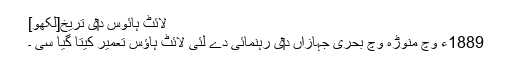
لائٹ ہائوس د‏‏ی تریخ[لکھو]
1889ء وچ منوڑہ وچ بحری جہازاں د‏‏ی رہنمائی دے لئی لائٹ ہاؤس تعمیر کیتا گیا سی ۔